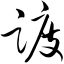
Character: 踱